Vaccine operations Central Provinces 1868-1885 - 1868-1885
Year: 1868
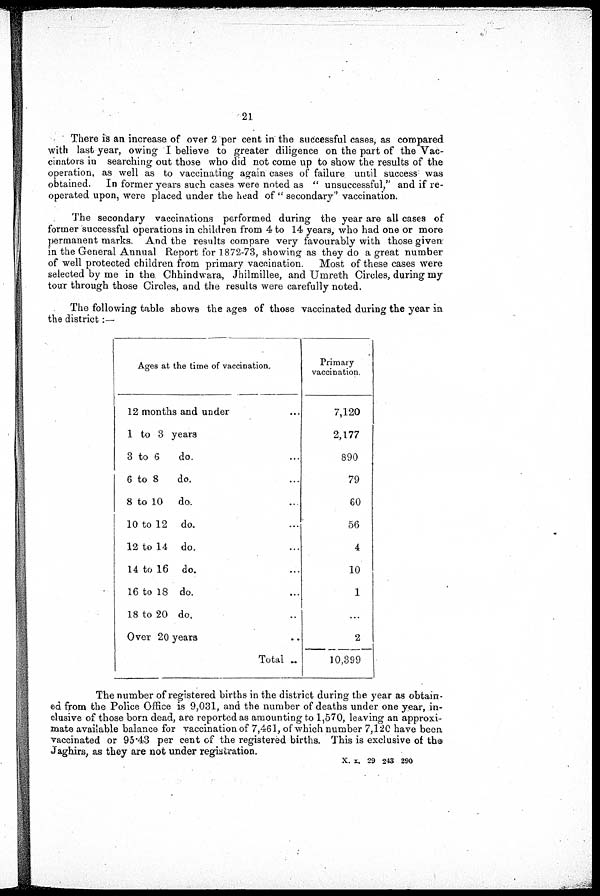
21
There is an increase of over 2 per cent in the successful cases, as compared
with last year, owing I believe to greater diligence on the part of the Vac-
cinators in searching out those who did not come up to show the results of the
operation, as well as to vaccinating again cases of failure until success was
obtained. In former years such cases were noted as " unsuccessful" and if re-
operated upon, were placed under the head of " secondary" vaccination.
The secondary vaccinations performed during the year are all cases of
former successful operations in children from 4 to 14 years, who had one or more
permanent marks. And the results compare very favourably with those given
in the General Annual Report for 1872-73, showing as they do a great number
of well protected children from primary vaccination. Most of these cases were
selected by me in the Chhindwara, Jhilmillee, and Umreth Circles, during my
tour through those Circles, and the results were carefully noted.
The following table shows the ages of those vaccinated during the year in
the district:—
Ages at the time of vaccination.
12 months and under ...
1 to 3 years
3 to 6
do. ...
6 to 8
do. ...
8 to 10 do. ...
10 to 12 do. ...
12 to 14 do. ...
14 to 16 do. ...
16 to 18 do. ...
18 to 20 do. ...
Over 20 years ...
Total ...
Primary
vaccination.
7,120
2,177
890
79
60
56
4
10
1
...
2
10,399
The number of registered births in the district during the year as obtain-
ed from the Police Office is 9,031, and the number of deaths under one year, in-
clusive of those born dead, are reported as amounting to 1,570, leaving an approxi-
mate available balance for vaccination of 7,461, of which number 7,120 have been
vaccinated or 95.43 per cent of the registered births. This is exclusive of the
Jaghirs, as they are not under registration.
X. x. 29 243 290